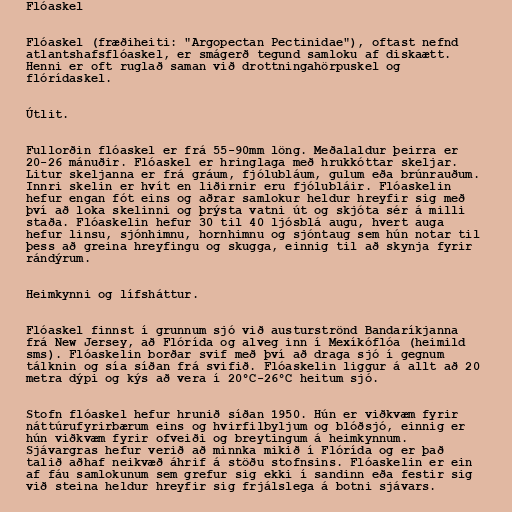
Flóaskel

Flóaskel (fræðiheiti: "Argopectan Pectinidae"), oftast nefnd
atlantshafsflóaskel, er smágerð tegund samloku af diskaætt.
Henni er oft ruglað saman við drottningahörpuskel og
flórídaskel.

Útlit.

Fullorðin flóaskel er frá 55-90mm löng. Meðalaldur þeirra er
20-26 mánuðir. Flóaskel er hringlaga með hrukkóttar skeljar.
Litur skeljanna er frá gráum, fjólubláum, gulum eða brúnrauðum.
Innri skelin er hvít en liðirnir eru fjólubláir. Flóaskelin
hefur engan fót eins og aðrar samlokur heldur hreyfir sig með
því að loka skelinni og þrýsta vatni út og skjóta sér á milli
staða. Flóaskelin hefur 30 til 40 ljósblá augu, hvert auga
hefur linsu, sjónhimnu, hornhimnu og sjóntaug sem hún notar til
þess að greina hreyfingu og skugga, einnig til að skynja fyrir
rándýrum.

Heimkynni og lífsháttur.

Flóaskel finnst í grunnum sjó við austurströnd Bandaríkjanna
frá New Jersey, að Flórída og alveg inn í Mexíkóflóa (heimild
sms). Flóaskelin borðar svif með því að draga sjó í gegnum
tálknin og sía síðan frá svifið. Flóaskelin liggur á allt að 20
metra dýpi og kýs að vera í 20°C-26°C heitum sjó.

Stofn flóaskel hefur hrunið síðan 1950. Hún er viðkvæm fyrir
náttúrufyrirbærum eins og hvirfilbyljum og blóðsjó, einnig er
hún viðkvæm fyrir ofveiði og breytingum á heimkynnum.
Sjávargras hefur verið að minnka mikið í Flórída og er það
talið aðhaf neikvæð áhrif á stöðu stofnsins. Flóaskelin er ein
af fáu samlokunum sem grefur sig ekki í sandinn eða festir sig
við steina heldur hreyfir sig frjálslega á botni sjávars.